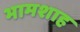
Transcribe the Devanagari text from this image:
भामशाह